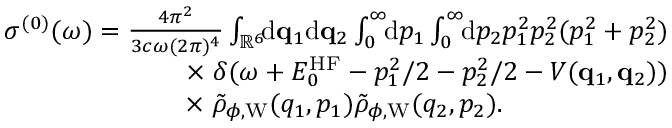
\begin{array} { r } { \sigma ^ { ( 0 ) } ( \omega ) = \frac { 4 \pi ^ { 2 } } { 3 c \omega ( 2 \pi ) ^ { 4 } } \int _ { \mathbb { R } ^ { 6 } } \! \! \ensuremath { \mathrm { d } } \ensuremath { \mathbf { q } } _ { 1 } \ensuremath { \mathrm { d } } \ensuremath { \mathbf { q } } _ { 2 } \int _ { 0 } ^ { \infty } \! \! \ensuremath { \mathrm { d } } p _ { 1 } \int _ { 0 } ^ { \infty } \! \! \ensuremath { \mathrm { d } } p _ { 2 } p _ { 1 } ^ { 2 } p _ { 2 } ^ { 2 } ( p _ { 1 } ^ { 2 } + p _ { 2 } ^ { 2 } ) } \\ { \times \; \delta ( \omega + E _ { 0 } ^ { \mathrm { H F } } - p _ { 1 } ^ { 2 } / 2 - p _ { 2 } ^ { 2 } / 2 - V ( \ensuremath { \mathbf { q } } _ { 1 } , \ensuremath { \mathbf { q } } _ { 2 } ) ) } \\ { \times \; \tilde { \rho } _ { \phi , \mathrm { W } } ( q _ { 1 } , p _ { 1 } ) \tilde { \rho } _ { \phi , \mathrm { W } } ( q _ { 2 } , p _ { 2 } ) . \phantom { x x x x x x x x x x x } } \end{array}